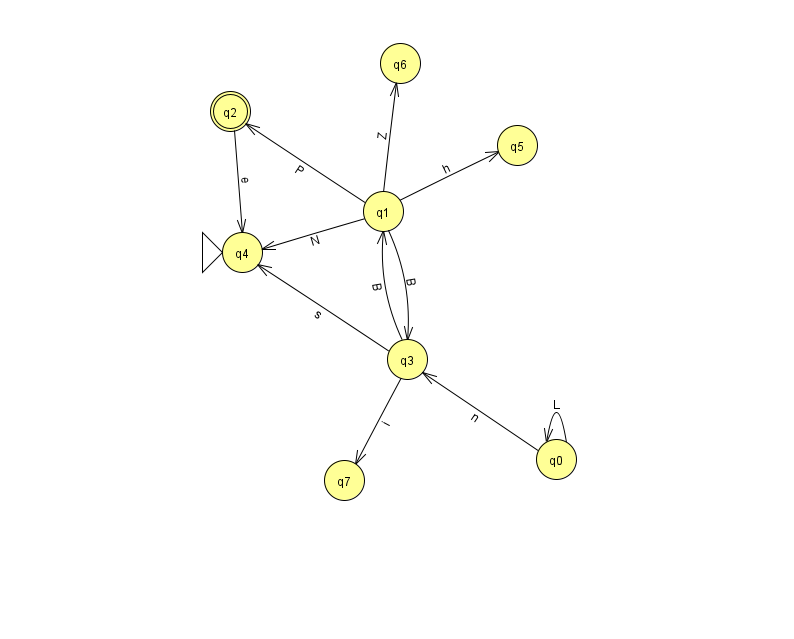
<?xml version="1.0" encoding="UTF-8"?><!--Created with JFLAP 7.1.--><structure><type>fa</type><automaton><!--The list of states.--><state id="0" name="q0"><x>556.0</x><y>446.0</y></state><state id="1" name="q1"><x>383.0</x><y>198.0</y></state><state id="2" name="q2"><x>230.0</x><y>98.0</y><final/></state><state id="3" name="q3"><x>407.0</x><y>346.0</y></state><state id="4" name="q4"><x>242.0</x><y>239.0</y><initial/></state><state id="5" name="q5"><x>517.0</x><y>132.0</y></state><state id="6" name="q6"><x>400.0</x><y>50.0</y></state><state id="7" name="q7"><x>344.0</x><y>467.0</y></state><!--The list of transitions.--><transition><from>1</from><to>2</to><read>P</read></transition><transition><from>3</from><to>4</to><read>s</read></transition><transition><from>3</from><to>7</to><read>i</read></transition><transition><from>1</from><to>4</to><read>N</read></transition><transition><from>1</from><to>6</to><read>Z</read></transition><transition><from>0</from><to>3</to><read>n</read></transition><transition><from>0</from><to>0</to><read>L</read></transition><transition><from>1</from><to>3</to><read>B</read></transition><transition><from>2</from><to>4</to><read>e</read></transition><transition><from>3</from><to>1</to><read>B</read></transition><transition><from>1</from><to>5</to><read>h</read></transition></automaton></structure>